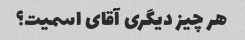
هر چیز دیگری آقای اسمیت؟